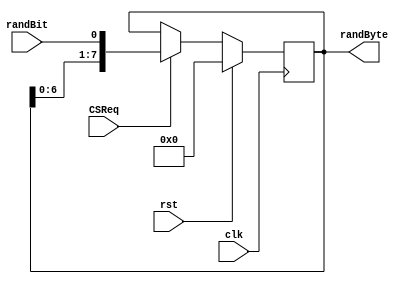
`timescale 1ns / 1ps

//////////////////////////////////////////////////////////////////////////////////
// 
// Module name:    	randShifter
// Project name: 		COSO_TRNG
// Target Device: 	Microsemi SmartFusion2 M2S025 FPGA (HECTOR daughterboard)
// Description: 		This file contains an implementation for a serial to
//							parallel conversion shift register, to handle random
//							bits.			
//	RTL diagram:		No
//							imec-COSIC, KU Leuven.
//
//////////////////////////////////////////////////////////////////////////////////

module randShifter(
		input 				clk,		// Clock input.
		input 				rst,		// Active high reset signal.
		input 				randBit,	// Random bit input for the shift register.
		input 				CSReq,	// Request signal from the coherent sampler module, to indicate that the random bit is stable.
		output reg [7:0] 	randByte	// Output random byte from the shift register.
	);
	
//	Shift register:
	always @(posedge clk) begin
		if (rst) begin
			randByte <= 8'd0;
		end
		else begin
			if (CSReq) begin
				randByte <= {randByte[6:0], randBit};
			end
		end
	end

endmodule